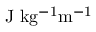
\mathrm { J \ k g ^ { - 1 } m ^ { - 1 } }